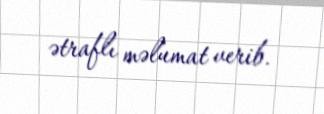
ətraflı məlumat verib.